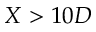
X > 1 0 D